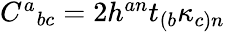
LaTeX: \begin{array}{r}{C^{a}{}_{bc}=2h^{an}t_{(b}\kappa_{c)n}}\end{array}